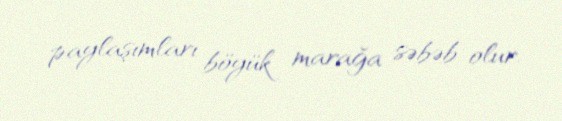
paylaşımları böyük marağa səbəb olur.